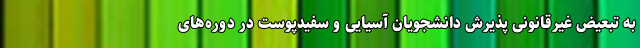
به تبعیض غیرقانونی پذیرش دانشجویان آسیایی و سفیدپوست در دوره‌های